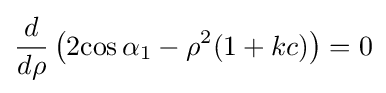
{\frac {d}{d\rho }}\left(2{\cos \alpha _{1}-\rho ^{2}}(1+kc)\right)=0